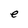
Character: e